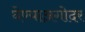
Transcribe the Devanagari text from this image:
घेण्याअगोदर